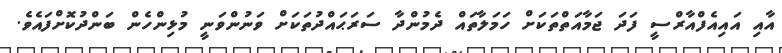
އާއި އައިއެފްއާރްސީ ފަދަ ޖަމާއަތްތަކަށް ހަމަލާތައް ދެމުންދާ ސަރަޙައްދުތަކަށް ވަނުންވަނީ މުޅިންހެން ބަންދުކޮށްފައެވެ.